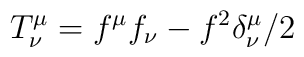
T_{\nu }^{\mu }=f^{\mu }f_{\nu }-f^{2}\delta _{\nu }^{\mu }/2